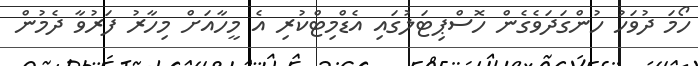
ހޯމަ ދުވަހު ހުންގަދަވެގެން ހޮސްޕިޓަލުގައި އެޑްމިޓްކުރި އެ މީހާއަށް މިހާރު ފަރުވާ ދެމުން